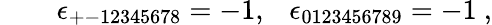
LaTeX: \qquad\epsilon_{+-12345678}=-1,~~~\epsilon_{0123456789}=-1~,